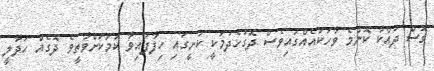
ގޮސް ދައްކާ ކޮންމެ ވާހަކައެއްގައިވެސް ދޮގުހެދުމަކީ ކަށީގައި ހިފާފައިވާ ކަމަކަށްވާތީވެ ދޮގެއް ހަދާލީ